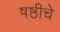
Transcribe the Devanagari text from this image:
षष्ठीचे